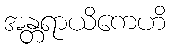
အန္တရာယိကေဟိ